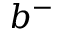
b ^ { - }